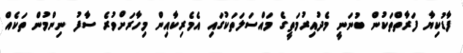
ފާޑުކިޔާ ފަރާތްތަކުން ބުނަނީ މެދުއިރުމަތީގެ މައްސަލަތަކުގައި އެމެރިކާއިން މިހާރަށްވުރެ ސާފު ނިންމުން ތަކެއް